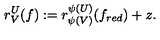
r _ { V } ^ { U } ( f ) : = r _ { \psi ( V ) } ^ { \psi ( U ) } ( f _ { r e d } ) + z .